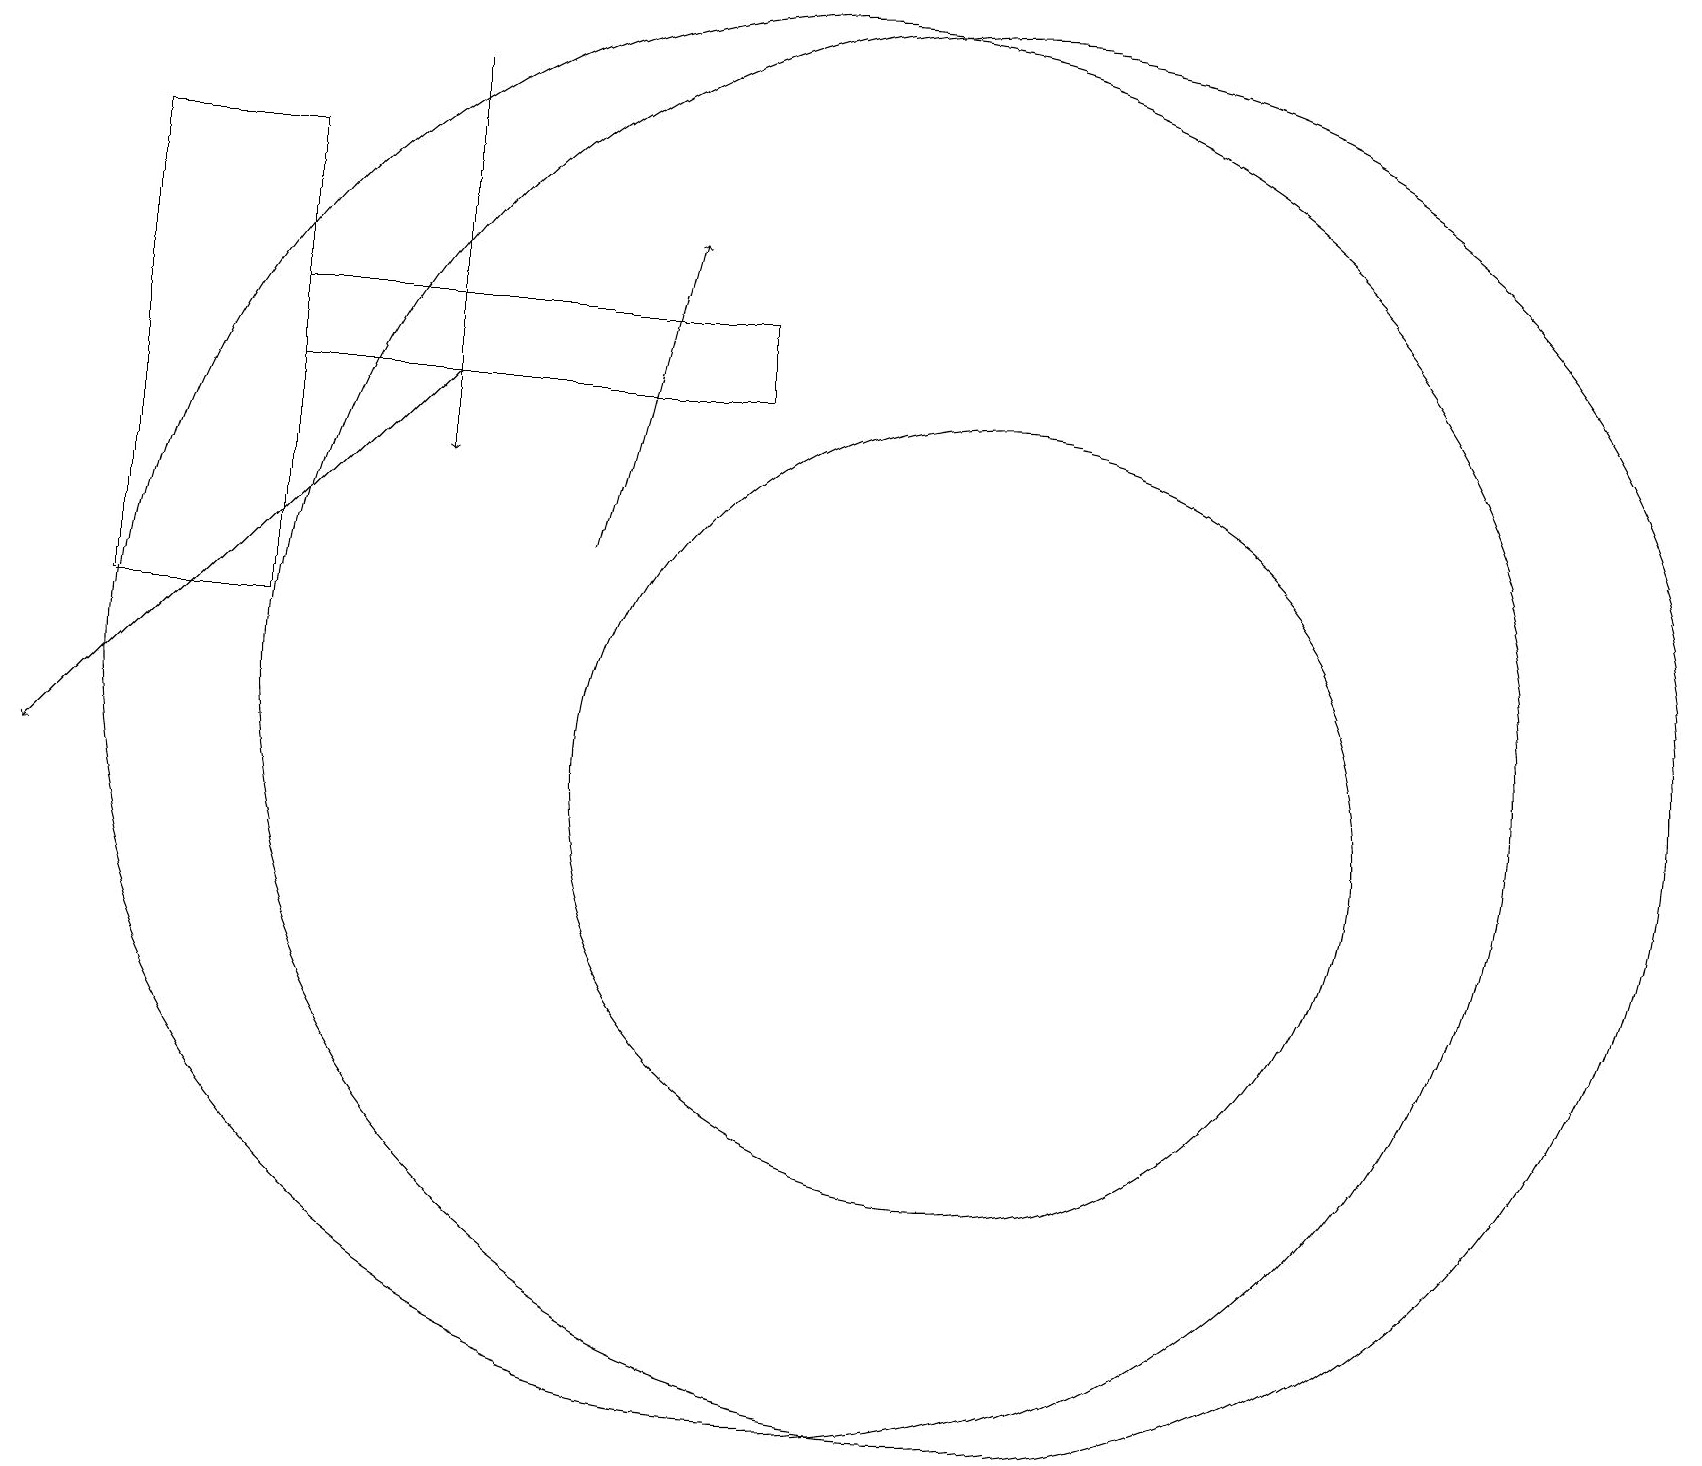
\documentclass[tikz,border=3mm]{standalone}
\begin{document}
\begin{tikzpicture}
\draw[->] (5,19) -- (5,14);
\draw (9,16) rectangle (3,15);
\draw[->] (5,15) -- (0,10);
\draw (3,12) rectangle (1,18);
\draw (12,10) circle (5);
\draw (10,11) circle (9);
\draw[->] (7,13) -- (8,17);
\draw (12,11) circle (9);
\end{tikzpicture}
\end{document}